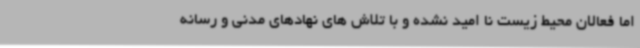
اما فعالان محیط زیست نا امید نشده و با تلاش های نهادهای مدنی و رسانه